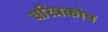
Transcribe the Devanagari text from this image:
चरित्रकोष